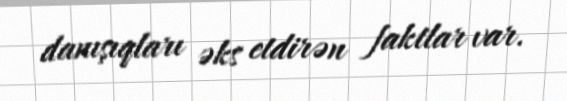
danışıqları əks etdirən faktlar var.